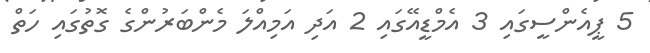
5 ޕީއެންސީގައި 3 އެމްޑީއޭގައި 2 އަދި އަމިއްލަ މެންބަރުންގެ ގޮތުގައި ހަތް